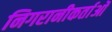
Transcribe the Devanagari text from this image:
निगरानीकर्ताओं